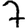
Digit: 7